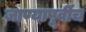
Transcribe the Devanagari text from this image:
जाण्यापूर्वीच